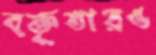
বক্তৃতারও